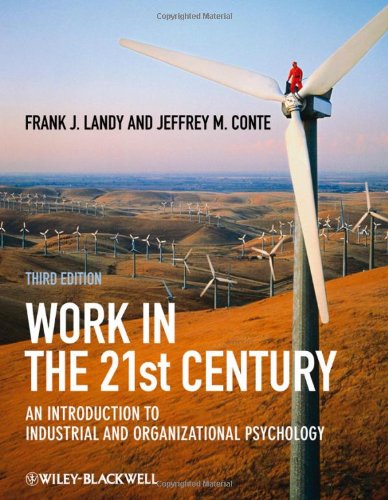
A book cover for Work in the 21st Century: An Introduction to Industrial and Organizational Psychology; Frank J. Landy; Medical Books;